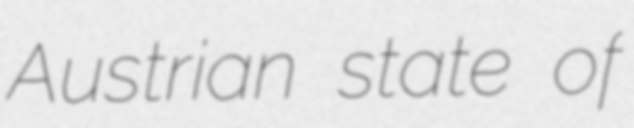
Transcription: Austrian state of